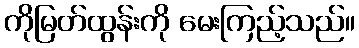
ကိုမြတ်ထွန်းကို မေးကြည့်သည်။